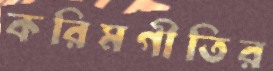
করিমগীতির